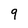
Character: 9